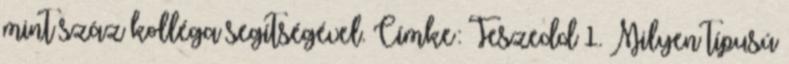
mint száz kolléga segítségével. Címke: Teszedd 1. Milyen típusú